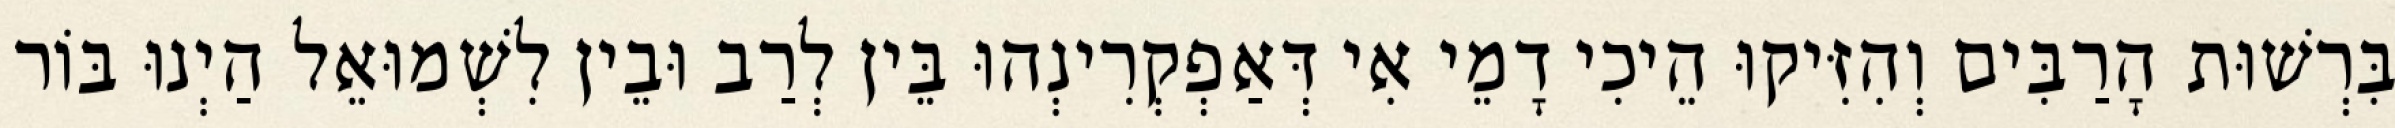
בִּרְשׁוּת הָרַבִּים וְהִזִּיקוּ הֵיכִי דָמֵי אִי דְּאַפְקְרִינְהוּ בֵּין לְרַב וּבֵין לִשְׁמוּאֵל הַיְנוּ בּוֹר